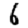
Digit: 6